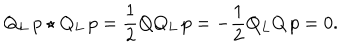
LaTeX: Q _ { L } \, p \star Q _ { L } \, p = \frac { 1 } { 2 } Q Q _ { L } \, p = - \frac { 1 } { 2 } Q _ { L } Q \, p = 0 .